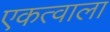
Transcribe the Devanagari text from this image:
एकत्वाला